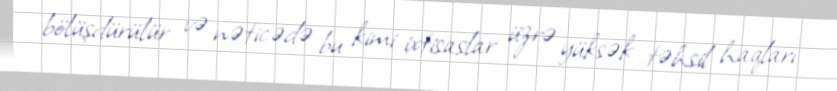
bölüşdürülür və nəticədə bu kimi ixtisaslar üzrə yüksək təhsil haqları